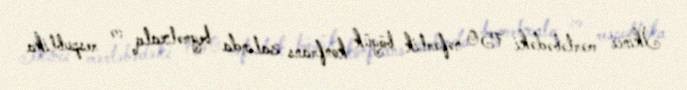
İkinci mərtəbədəki 750 nəfərlik böyük konfrans zalında beynəlxalq və respublika